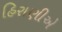
હિરાણીએ